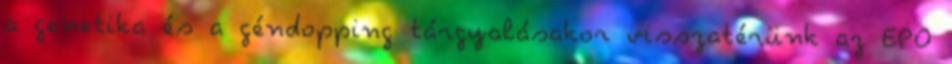
a genetika és a géndopping tárgyalásakor visszatérünk az EPO